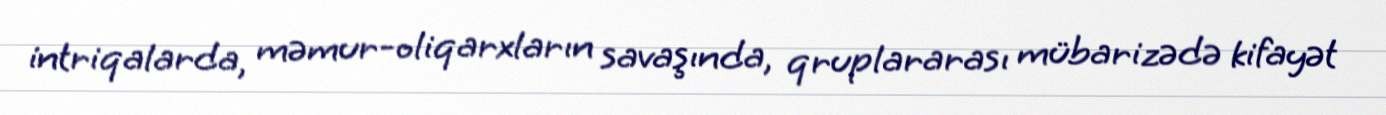
intriqalarda, məmur-oliqarxların savaşında, qruplararası mübarizədə kifayət